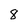
Character: 8